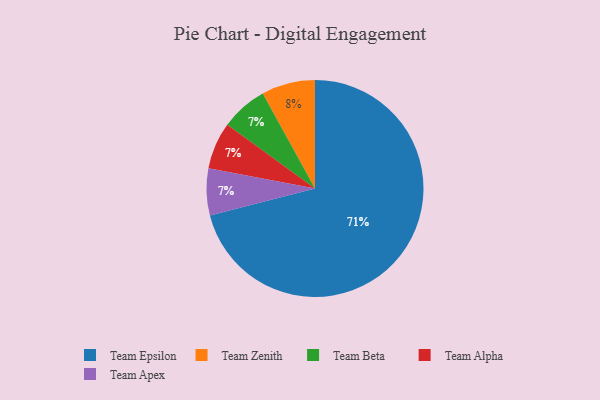
{"axis": {"x": "Category", "y": "Percentage"}, "legend": ["Team Alpha", "Team Apex", "Team Beta", "Team Epsilon", "Team Zenith"], "data": [{"x": "Team Beta", "y": 7, "type": "Team Beta"}, {"x": "Team Alpha", "y": 7, "type": "Team Alpha"}, {"x": "Team Zenith", "y": 8, "type": "Team Zenith"}, {"x": "Team Epsilon", "y": 71, "type": "Team Epsilon"}, {"x": "Team Apex", "y": 7, "type": "Team Apex"}]}